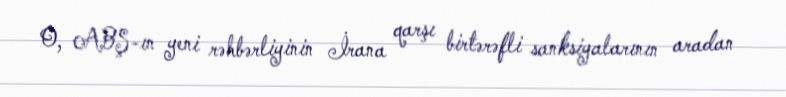
O, ABŞ-ın yeni rəhbərliyinin İrana qarşı birtərəfli sanksiyalarının aradan